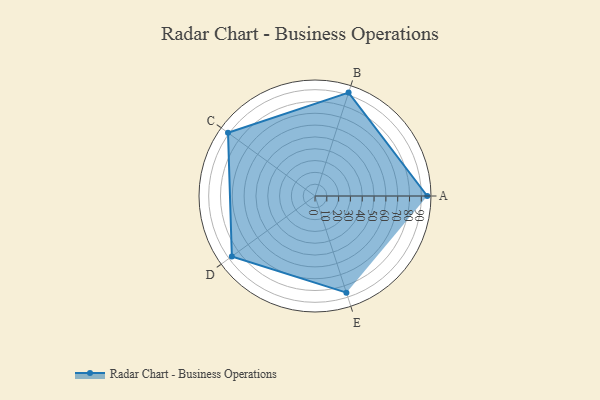
{"axis": {"x": "Skill", "y": "Score"}, "legend": ["Profile"], "data": [{"x": "A", "y": 95.0, "type": "Profile"}, {"x": "B", "y": 92.0, "type": "Profile"}, {"x": "C", "y": 91.0, "type": "Profile"}, {"x": "D", "y": 87.0, "type": "Profile"}, {"x": "E", "y": 86.0, "type": "Profile"}]}